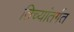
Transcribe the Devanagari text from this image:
तिच्यांतर्गत